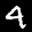
Label: 4